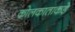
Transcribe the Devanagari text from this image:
कोलकाताकडे